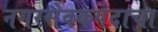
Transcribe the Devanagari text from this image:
नगरसेवकपदाचा